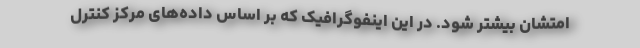
امتشان بیشتر شود. در این اینفوگرافیک که بر اساس داده‌های مرکز کنترل